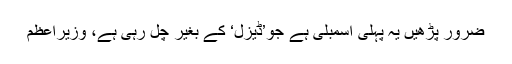
ضرور پڑھیں یہ پہلی اسمبلی ہے جو’ڈیزل‘ کے بغیر چل رہی ہے، وزیراعظم